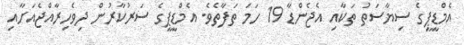
އެމްޑީޕީގެ ސިޔާސަތު ތަކާއި އެޖެންޑާ 19 ހަމަ ތަފާތެވެ. އެމްޑީޕީގެ ސަރުކާރުން ދިވެހިރާއްޖެއަށާއި